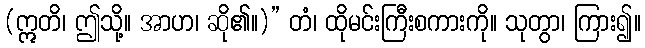
(ဣတိ၊ ဤသို့။ အာဟ၊ ဆို၏။)” တံ၊ ထိုမင်းကြီးစကားကို။ သုတွာ၊ ကြား၍။